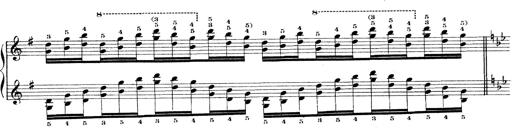
Title: Technische Studien
Composer: Franz Liszt